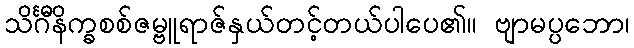
သိင်္ဂီနိက္ခစစ်ဇမ္ဗူရာဇ်နှယ်တင့်တယ်ပါပေ၏။ ဗျာမပ္ပဘော၊